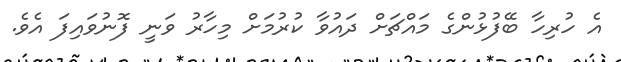
އެ ހުރިހާ ބޭފުޅުންގެ މައްޗަށް ދައުވާ ކުރުމަށް މިހާރު ވަނީ ފޮނުވައިފަ އެވެ.